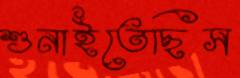
শুনাইতেছিস